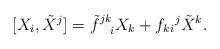
LaTeX: \begin{align*}[X_i , \tilde{X}^j] ={\tilde{f}^{jk}}_{\; \; \; \:i} X_k + {f_{ki}}^j \tilde{X}^k.\end{align*}